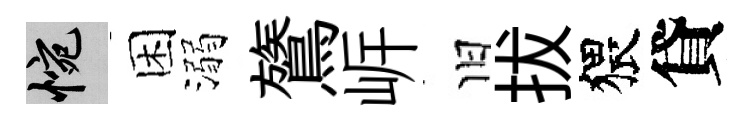
惋困溺鷟㟁旧拔猥貸